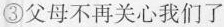
③父母不再关心我们了